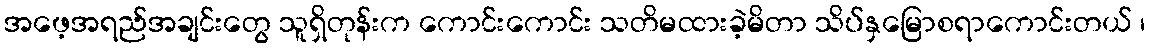
အဖေ့အရည်အချင်းတွေ သူရှိတုန်းက ကောင်းကောင်း သတိမထားခဲ့မိတာ သိပ်နှမြောစရာကောင်းတယ် ၊